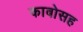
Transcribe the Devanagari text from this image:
काबोसह